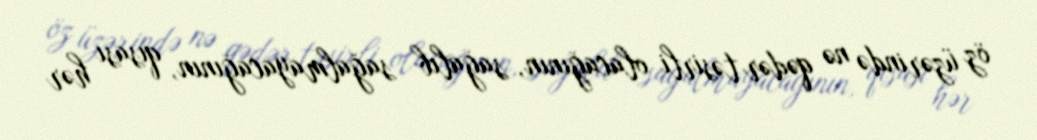
öz üzərində nə qədər təsirli olacağının, sağalıb sağalmayacağının, qısası hər